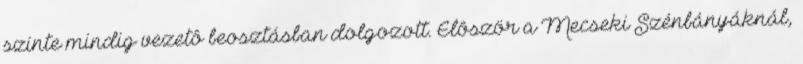
szinte mindig vezetô beosztásban dolgozott. Elôször a Mecseki Szénbányáknál,